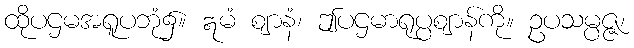
ထိုပဌမအရူပဘုံ၌။ ဣမံ ဈာနံ၊ ဤပဌမာရုပ္ပဈာန်ကို။ ဥပသမ္ပဇ္ဇ၊